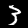
Digit: 3